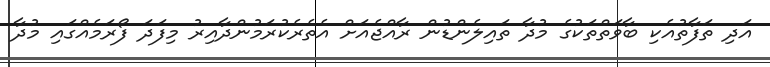
އަދި ތަފާތުއެކި ބާވަތްތަކުގެ މުދާ ތައިލެންޑުން ރާއްޖެއަށް އެތެރެކުރަމުންދާއިރު މިފަދަ ފޯރަމެއްގައި މުދާ